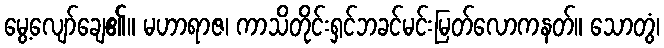
မွေ့လျော်ချေ၏။ မဟာရာဇ၊ ကာသိတိုင်းရှင်ဘခင်မင်းမြတ်လောကနတ်။ သောတွံ၊